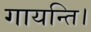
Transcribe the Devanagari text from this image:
गायन्ति।